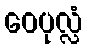
ဝေပုလ္လံ